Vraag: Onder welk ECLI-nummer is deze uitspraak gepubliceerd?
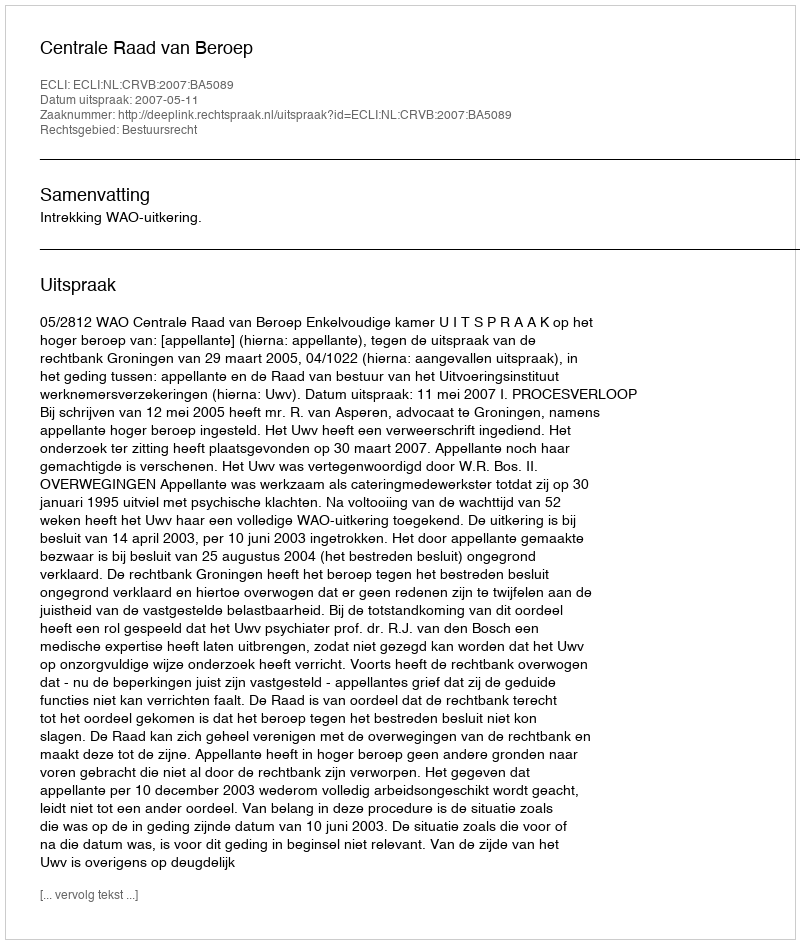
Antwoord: ECLI:NL:CRVB:2007:BA5089